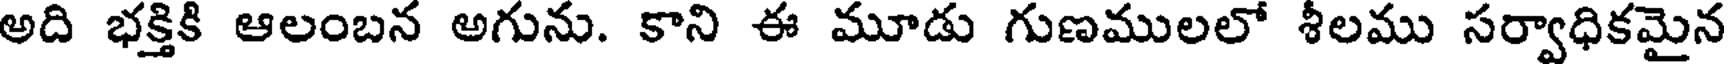
అది భక్తికి ఆలంబన అగును. కాని ఈ మూడు గుణములలో శీలము సర్వాధికమైన